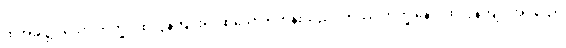
ထိုအခါ၌။ သော ဘိက္ခု၊ ထိုလွန်ကျူး၍ ဆိုသော ရဟန်းသည်။ တဿ ဘိက္ခုနော၊ ထိုလွန်ကျူးအပ်သော